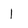
Character: 1